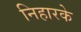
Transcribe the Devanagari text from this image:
निहारके